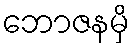
ဘောဇနမှိ